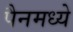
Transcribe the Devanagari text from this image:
पैनमध्ये